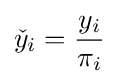
{\check {y}}_{i}={\frac {y_{i}}{\pi _{i}}}